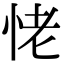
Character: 恅